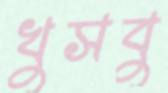
খুসবু